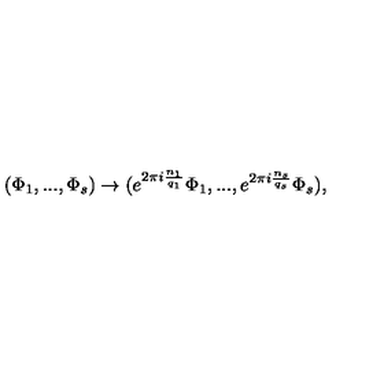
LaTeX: ( \Phi _ { 1 } , . . . , \Phi _ { s } ) \rightarrow ( e ^ { 2 \pi i { \frac { n _ { 1 } } { q _ { 1 } } } } \Phi _ { 1 } , . . . , e ^ { 2 \pi i { \frac { n _ { s } } { q _ { s } } } } \Phi _ { s } ) ,